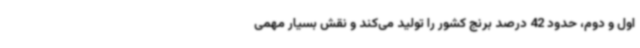
اول و دوم، حدود 42 درصد برنج کشور را تولید می‌کند و نقش بسیار مهمی